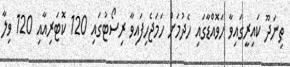
ތިނަދޫ ކައިރީގައިވާ ހަވޮއްޑާގައި ހެދުމަށް ހަމަޖެހިފައިވާ ރިސޯޓުގައި 120 ކޮޓަރިއާއި 120 ވިލާ